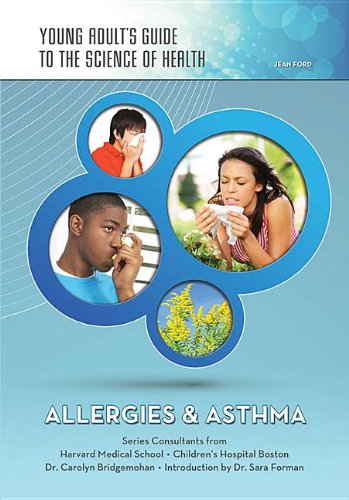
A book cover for Allergies & Asthma (Young Adult's Guide to the Science of Health); Jean Ford; Health, Fitness & Dieting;